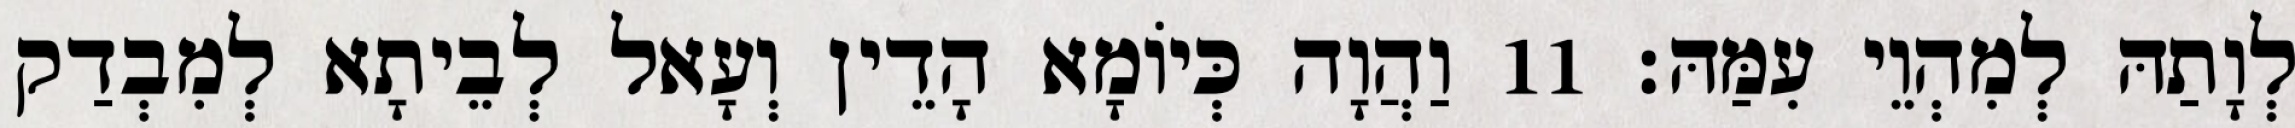
לְוָתַהּ לְמִהְוֵי עִמַּהּ׃ 11 וַהֲוָה כְּיוֹמָא הָדֵין וְעָאל לְבֵיתָא לְמִבְדַק